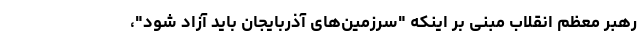
رهبر معظم انقلاب مبنی بر اینکه "سرزمین‌های آذربایجان باید آزاد شود"،